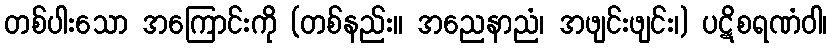
တစ်ပါးသော အကြောင်းကို (တစ်နည်း။ အညေနာညံ၊ အဖျင်းဖျင်း၊) ပဋိစရဏံဝါ၊